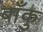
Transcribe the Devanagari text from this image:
बाँकु